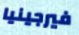
فيرجينيا